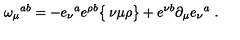
\omega _ { \mu } { } ^ { a b } = - e _ { \nu } { } ^ { a } e ^ { \rho b } \bigl \{ \begin{matrix} { \nu } \\ { \mu \rho } \\ \end{matrix} \bigr \} + e ^ { \nu b } \partial _ { \mu } e _ { \nu } { } ^ { a } \ .